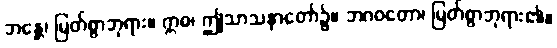
ဘန္တေ၊ မြတ်စွာဘုရား။ ဣဓ၊ ဤသာသနာတော်၌။ ဘဂဝတော၊ မြတ်စွာဘုရား၏။